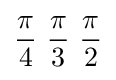
{\pi  \over 4}\ {\pi  \over 3}\ {\pi  \over 2}